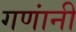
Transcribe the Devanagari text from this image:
गणांनी